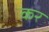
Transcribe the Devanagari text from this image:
कर